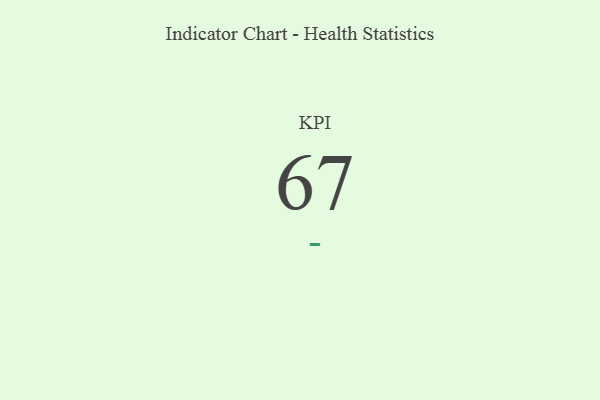
{"axis": {"x": "KPI", "y": "Value"}, "legend": [""], "data": [{"x": "KPI", "y": 67, "type": ""}]}